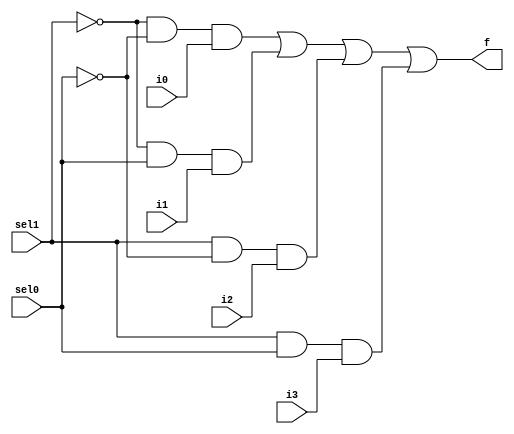
// #######################################################################
// # Copyright (C)                                                       #
// # 2023 Nima Akbarzade (iw4p@protonmail.com)                           #
// # Permission given to modify the code as long as you keep this        #
// # declaration at the top                                              #
// #######################################################################

module mux4to1(sel1, sel0, i0, i1, i2, i3, f);
  input sel0, sel1, i0, i1, i2, i3;
  output f;
  wire nsel1, nsel0, w1, w2, w3, w4;
  not(nsel1, sel1);
  not(nsel0, sel0);
  
  and(w1, nsel1, nsel0, i0);
  and(w2, nsel1, sel0, i1);
  and(w3, sel1, nsel0, i2);
  and(w4, sel1, sel0, i3);
  
  or(f, w1,w2,w3,w4);
  
endmodule

module mux4to1_8bit(sel1, sel0, i0, i1, i2, i3, f);
  input sel1, sel0;
  input [7:0]i3, i2, i1, i0;
  output [7:0]f;
  
  mux4to1 mux1(.sel1(sel1), .sel0(sel0), .i0(i0[0]), .i1(i1[0]), .i2(i2[0]), .i3(i3[0]), .f(f[0]));
  mux4to1 mux2(.sel1(sel1), .sel0(sel0), .i0(i0[1]), .i1(i1[1]), .i2(i2[1]), .i3(i3[1]), .f(f[1]));
  mux4to1 mux3(.sel1(sel1), .sel0(sel0), .i0(i0[2]), .i1(i1[2]), .i2(i2[2]), .i3(i3[2]), .f(f[2]));
  mux4to1 mux4(.sel1(sel1), .sel0(sel0), .i0(i0[3]), .i1(i1[3]), .i2(i2[3]), .i3(i3[3]), .f(f[3]));
  mux4to1 mux5(.sel1(sel1), .sel0(sel0), .i0(i0[4]), .i1(i1[4]), .i2(i2[4]), .i3(i3[4]), .f(f[4]));
  mux4to1 mux6(.sel1(sel1), .sel0(sel0), .i0(i0[5]), .i1(i1[5]), .i2(i2[5]), .i3(i3[5]), .f(f[5]));
  mux4to1 mux7(.sel1(sel1), .sel0(sel0), .i0(i0[6]), .i1(i1[6]), .i2(i2[6]), .i3(i3[6]), .f(f[6]));
  mux4to1 mux8(.sel1(sel1), .sel0(sel0), .i0(i0[7]), .i1(i1[7]), .i2(i2[7]), .i3(i3[7]), .f(f[7]));
  
endmodule

module test_mux4to1;
  reg [7:0]i0t, i1t, i2t, i3t;
  reg sel1t, sel0t;
  wire [7:0]q;
  mux4to1_8bit m8(.sel1(sel1t), .sel0(sel0t), .i0(i0t), .i1(i1t), .i2(i2t), .i3(i3t), .f(q));
  initial begin
    $monitor("sel1=%b, sel1=%b, i0=%b, i1=%b, i2=%b, i3=%b => f=%b", sel1t, sel0t, i0t, i1t, i2t, i3t, q);
    sel1t=1'b0; sel0t=1'b0; i0t=8'b01100010; i1t=8'b00000000; i2t=8'b11111111; i3t=8'b10101010;
    #10
    sel1t=1'b0; sel0t=1'b1; i0t=8'b01100010; i1t=8'b00000000; i2t=8'b11111111; i3t=8'b10101010;
    #10
    sel1t=1'b1; sel0t=1'b0; i0t=8'b01100010; i1t=8'b00000000; i2t=8'b11111111; i3t=8'b10101010;
    #10
    sel1t=1'b1; sel0t=1'b1; i0t=8'b01100010; i1t=8'b00000000; i2t=8'b11111111; i3t=8'b10101010;
  end
endmodule